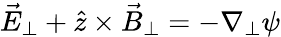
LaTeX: \vec{E}_{\perp}+\hat{z}\times\vec{B}_{\perp}=-\nabla_{\perp}\psi